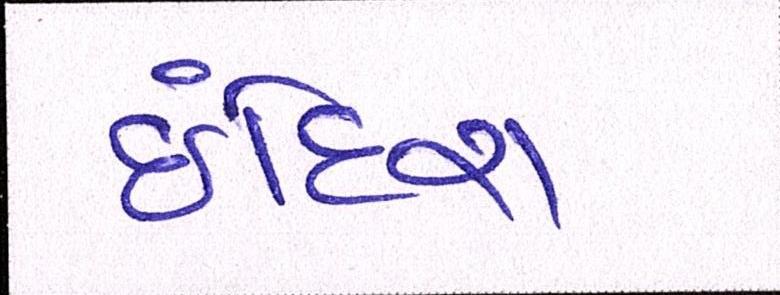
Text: ઈંદિરા